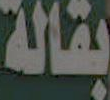
بقالة